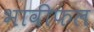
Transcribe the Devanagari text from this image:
भावीफल